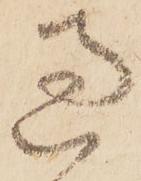
過